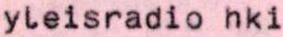
yleisradio hki